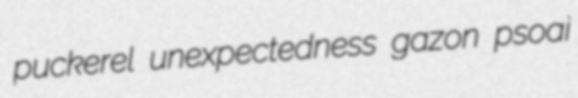
puckerel unexpectedness gazon psoai